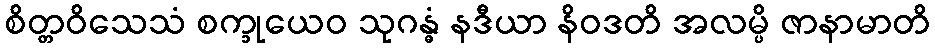
စိတ္တဝိသေသံ စက္ခုယေဝ သုဂန္ဓံ နဒီယာ နိဝဒတိ အလမ္ပိ ဇာနာမာတိ